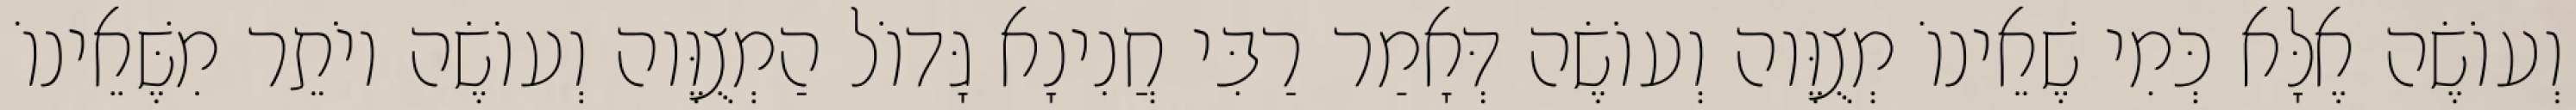
וְעוֹשֶׂה אֶלָּא כְּמִי שֶׁאֵינוֹ מְצֻוֶּוה וְעוֹשֶׂה דְּאָמַר רַבִּי חֲנִינָא גָּדוֹל הַמְצֻוֶּוה וְעוֹשֶׂה יוֹתֵר מִשֶּׁאֵינוֹ